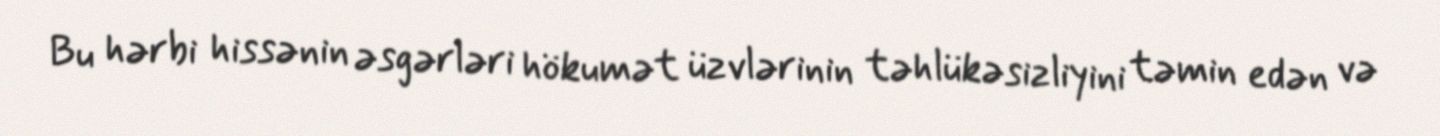
Bu hərbi hissənin əsgərləri hökumət üzvlərinin təhlükəsizliyini təmin edən və